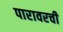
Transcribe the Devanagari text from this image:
पारावरची